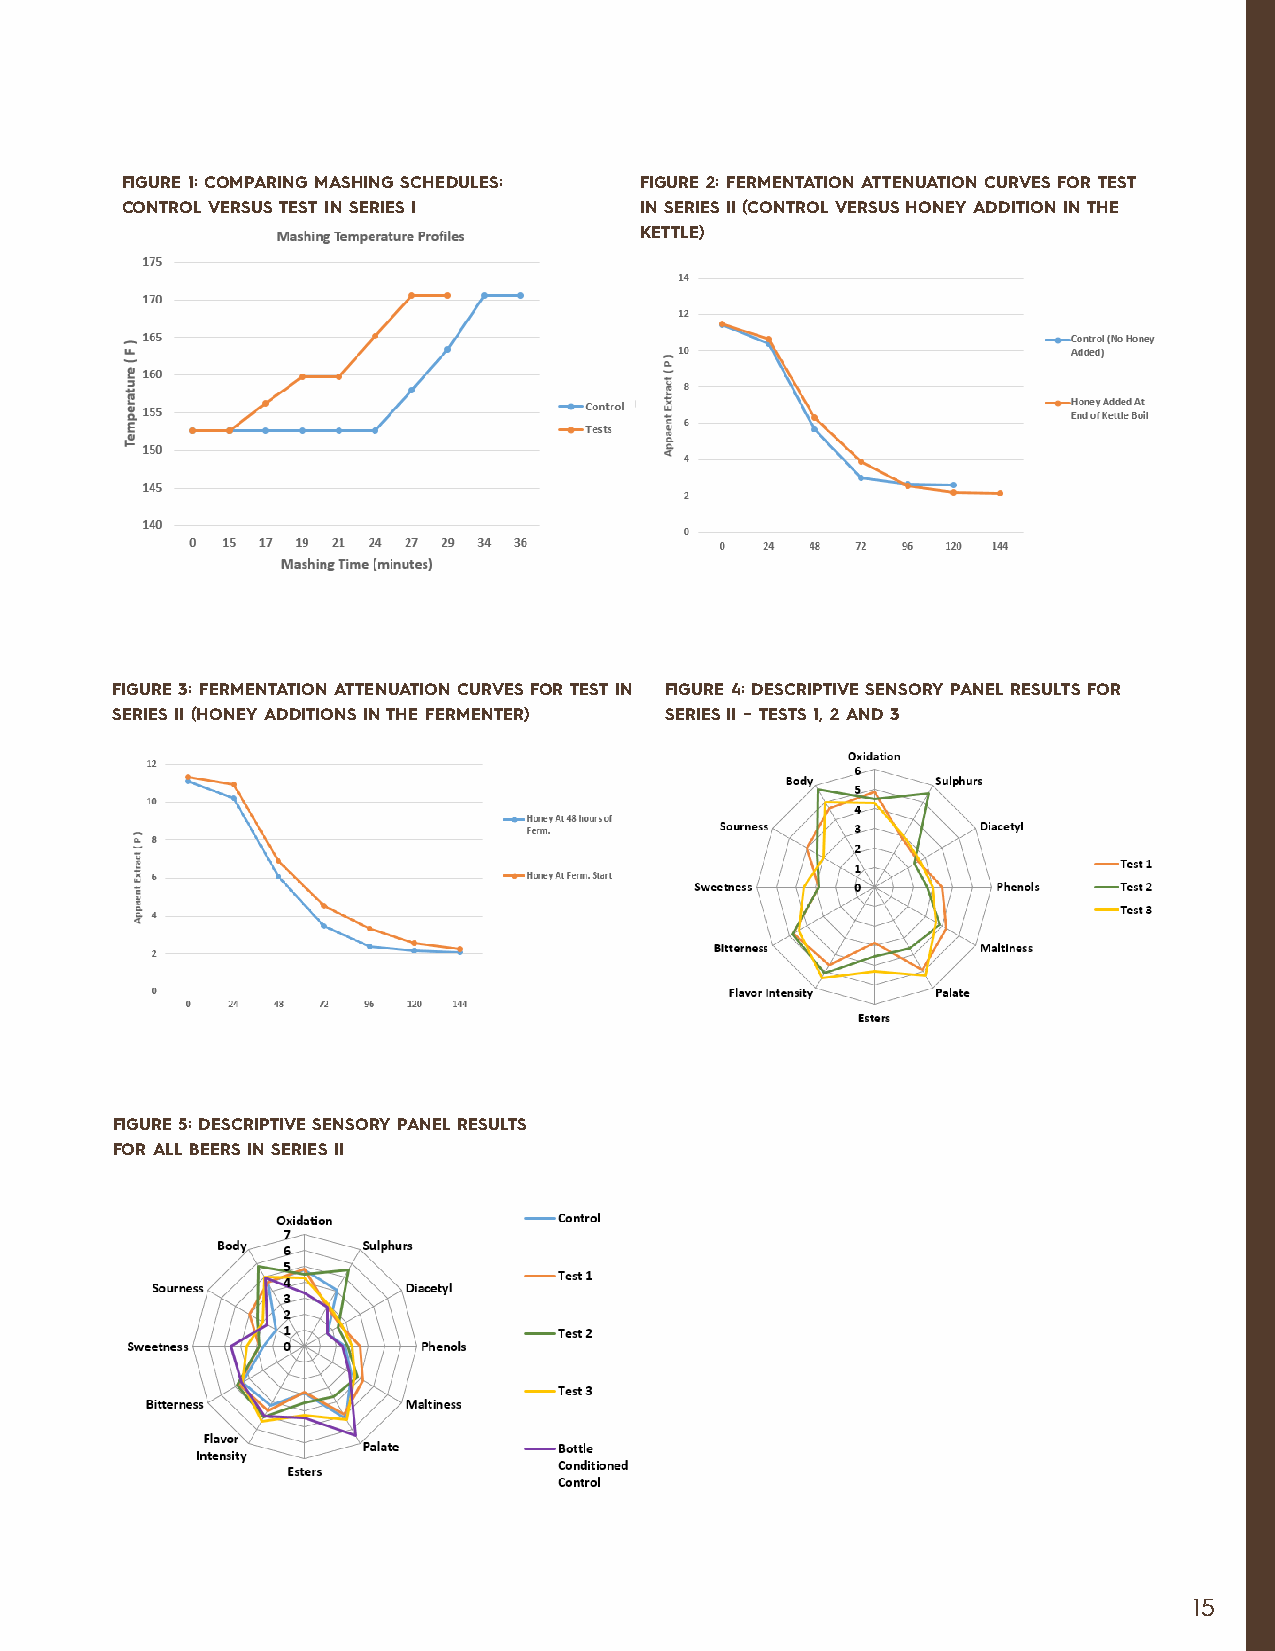
FIGURE 1: COMPARING MASHING SCHEDULES: FIGURE 2: FERMENTATION ATTENUATION CURVES FOR TEST
 CONTROL VERSUS TEST IN SERIES I   IN SERIES II (CONTROL VERSUS HONEY ADDITION IN THE
 KETTLE)
 FIGURE 3: FERMENTATION ATTENUATION CURVES FOR TEST IN FIGURE 4: DESCRIPTIVE SENSORY PANEL RESULTS FOR
 SERIES II (HONEY ADDITIONS IN THE FERMENTER) SERIES II – TESTS 1, 2 AND 3
 FIGURE 5: DESCRIPTIVE SENSORY PANEL RESULTS
 FOR ALL BEERS IN SERIES II
 15